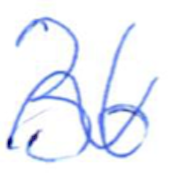
Text: 36
Cross-out: wave
Writing tool: ballpoint